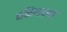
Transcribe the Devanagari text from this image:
दक्षिणारका